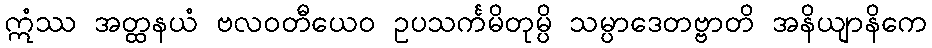
ဣံဿ အတ္ထနယံ ဗလဝတီယေဝ ဥပသင်္ကမိတုမ္ပိ သမ္ပာဒေတဗ္ဗာတိ အနိယျာနိကေ